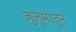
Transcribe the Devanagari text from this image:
जुलुमातून